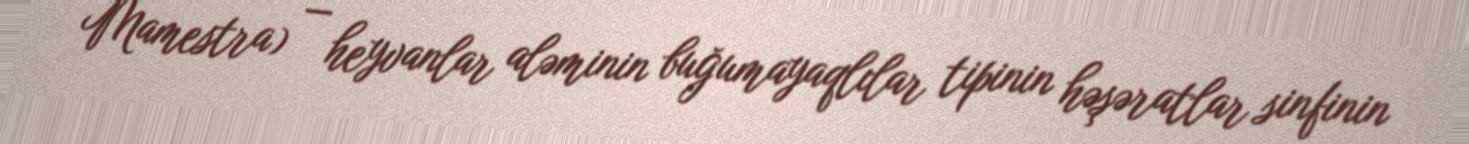
Mamestra) — heyvanlar aləminin buğumayaqlılar tipinin həşəratlar sinfinin